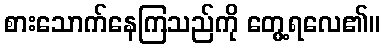
စားသောက်နေကြသည်ကို တွေ့ရလေ၏။